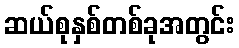
ဆယ်စုနှစ်တစ်ခုအတွင်း